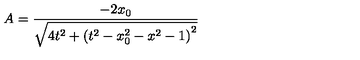
A = \frac { - 2 x _ { 0 } } { \sqrt { 4 t ^ { 2 } + \left( t ^ { 2 } - x _ { 0 } ^ { 2 } - x ^ { 2 } - 1 \right) ^ { 2 } } }